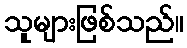
သူများဖြစ်သည်။